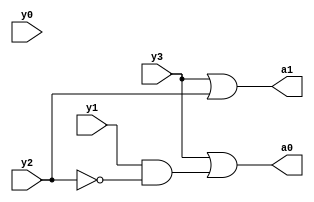
`timescale 1ns / 1ps
//////////////////////////////////////////////////////////////////////////////////
// Company: 
// Engineer: 
// 
// Design Name: 
// Module Name:    encoderb 
// Project Name: 
// Target Devices: 
// Tool versions: 
// Description: 
//
// Dependencies: 
//
// Revision: 
// Revision 0.01 - File Created
// Additional Comments: 
//
//////////////////////////////////////////////////////////////////////////////////
module encoderb(y3,y2,y1,y0,a1,a0);
    input y3,y2,y1,y0;
    output reg a1,a0;
    
	 always @ (a1,a0)
	 begin
	  a1=y3|y2;
	  a0=y3|(y1&~y2);
	  end

	 
	  
 


endmodule